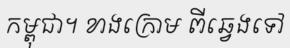
កម្ពុជា។ ខាងក្រោម ពីឆ្វេងទៅ